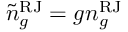
{ \tilde { n } } _ { g } ^ { \mathrm { R J } } = g n _ { g } ^ { \mathrm { R J } }